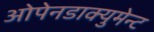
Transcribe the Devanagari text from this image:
ओपेनडाक्युमेन्ट